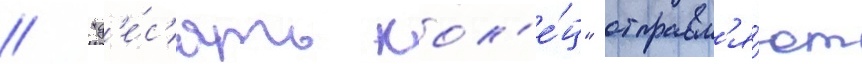
// "д'е́с'ять кол'е́ц" отправл'я́ют